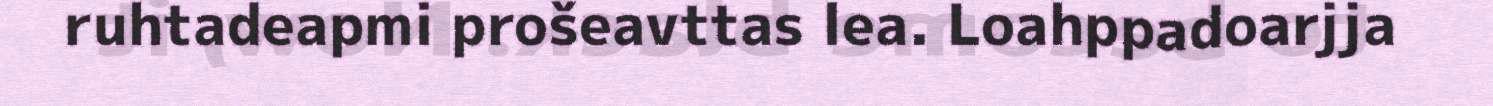
ruhtadeapmi prošeavttas lea. Loahppadoarjja